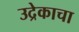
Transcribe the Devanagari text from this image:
उद्रेकाचा